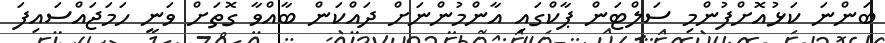
ބަންނަ ކަޅުއޮށްފުންމި ސަލްޓަން ޕާކްގައި އާންމުންނަށް ދައްކަން ބާއްވާ ގޮތަށް ވަނީ ހަމަޖައްސައިފަ